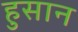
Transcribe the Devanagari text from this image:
हुसान